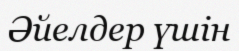
Әйелдер үшін